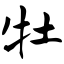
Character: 牡